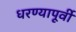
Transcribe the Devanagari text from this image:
धरण्यापूर्वी